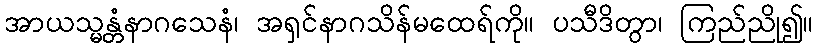
အာယသ္မန္တံနာဂသေနံ၊ အရှင်နာဂသိန်မထေရ်ကို။ ပသီဒိတွာ၊ ကြည်ညို၍။